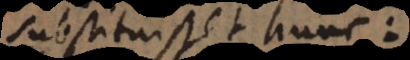
substituisset hunc: